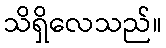
သိရှိလေသည်။